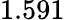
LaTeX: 1.591